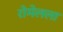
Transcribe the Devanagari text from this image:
रोमेलला